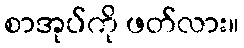
စာအုပ်ကို ဖတ်လား။